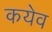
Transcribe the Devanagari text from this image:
कयेव